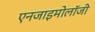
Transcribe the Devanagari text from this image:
एनजाइमोलॉजी